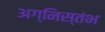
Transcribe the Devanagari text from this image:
अग्निस्तंभ